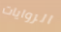
الروايات